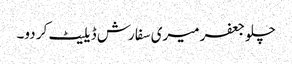
چلو جعفر میری سفارش ڈیلیٹ کر دو۔